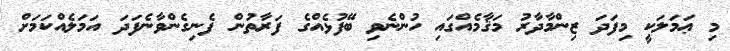
މި ޢަމަލަކީ މިފަދަ ޒިންމާދާރު މަޤާމެއްގައި ހުންނެވި ބޭފުޅެއްގެ ފަރާތުން ފެނިގެންވާނެފަދަ އަމަލެއްކަމަށް